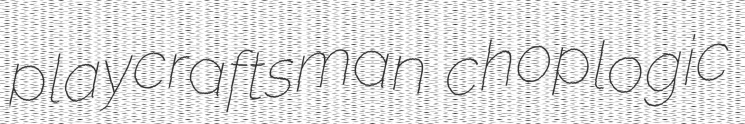
playcraftsman choplogic